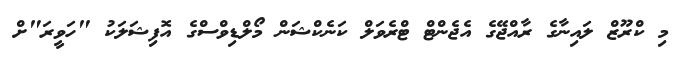
މި ކްރޫޒް ލައިނާގެ ރާއްޖޭގެ އެޖެންޓް ޓްރެވަލް ކަނެކްޝަން މޯލްޑިވްސްގެ އޮފިޝަލަކު "ހަވީރަ"ށް